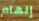
إلهام